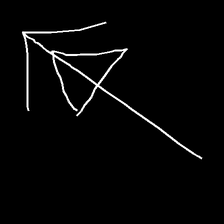
Glyph: pull